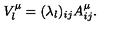
V _ { l } ^ { \mu } = ( \lambda _ { l } ) _ { i j } A _ { i j } ^ { \mu } .